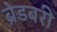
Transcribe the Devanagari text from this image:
ब्रेडबरी